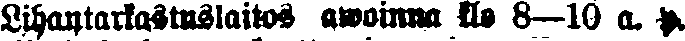
Lihantarkastuslaitos awoinna k:lo 8–10 a. p.